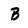
Character: B